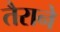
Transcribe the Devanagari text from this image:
तैराने